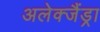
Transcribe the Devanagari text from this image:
अलेक्जैंड्रा